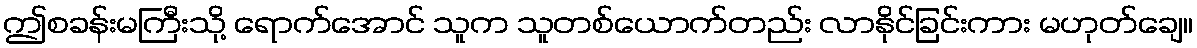
ဤစခန်းမကြီးသို့ ရောက်အောင် သူက သူတစ်ယောက်တည်း လာနိုင်ခြင်းကား မဟုတ်ချေ။